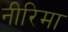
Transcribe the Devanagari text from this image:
नीरिमा